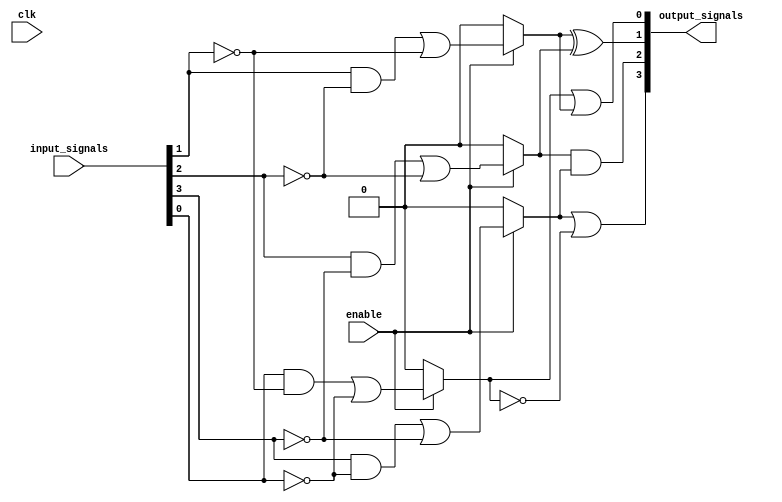
module LogicArrayBlock (
    input wire [3:0]  input_signals,  // 4 input signals
    input wire        enable,          // Enable signal
    input wire        clk,             // Clock signal for synchronization
    output wire [3:0] output_signals   // 4 output signals
);

// Internal signals for the logic elements
wire [3:0] logic_element_outputs;

// Logic Element Configuration [Simple Example -> Configurable Functions]
generate
    genvar i;
    for (i = 0; i < 4; i = i + 1) begin : logic_elements
        // Assume one logic element can perform AND, OR, NOT based on enable
        assign logic_element_outputs[i] = (enable) ? 
            (input_signals[i] & ~input_signals[(i+1)%4]) | // AND with next input
            (~input_signals[i]) : // NOT operation
            1'b0; // Output zero when not enabled
    end
endgenerate

// Interconnects | Combining the outputs of logic elements
assign output_signals[0] = logic_element_outputs[0] | logic_element_outputs[1]; // OR operation
assign output_signals[1] = logic_element_outputs[1] ^ logic_element_outputs[2]; // XOR operation
assign output_signals[2] = logic_element_outputs[2] & logic_element_outputs[3]; // AND operation
assign output_signals[3] = logic_element_outputs[3] | (~logic_element_outputs[0]); // OR with NOT of first element

endmodule